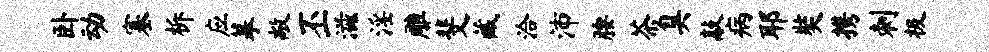
卧动塞柝应摹敞丕滋淫雕斐藏洽沛腰茶臭敲病耶奘携刺极